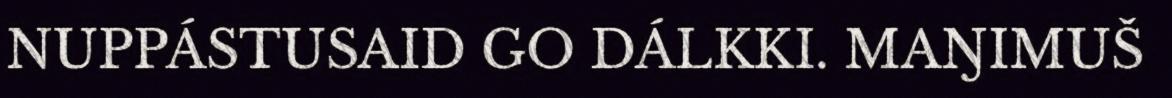
NUPPÁSTUSAID GO DÁLKKI. MAŊIMUŠ